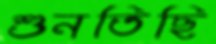
শুনতিছি